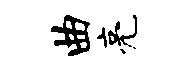
曲亮